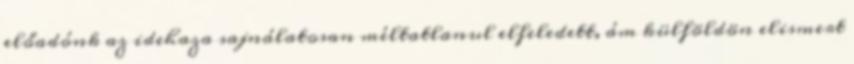
előadónk az idehaza sajnálatosan méltatlanul elfeledett, ám külföldön elismert